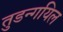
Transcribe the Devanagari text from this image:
तुडन्गयिल